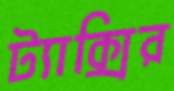
ট্যাক্সির